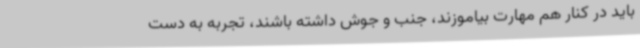
باید در کنار هم مهارت بیاموزند، جنب و جوش داشته باشند، تجربه به دست